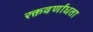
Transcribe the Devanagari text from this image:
रक्तवर्णाधता